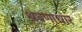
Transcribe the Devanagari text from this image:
श्रवणाधार